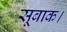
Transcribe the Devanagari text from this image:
सूबाक।